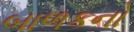
બાળકનો